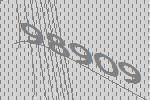
98909